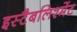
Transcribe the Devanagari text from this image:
इस्टैबलिश्मेंट